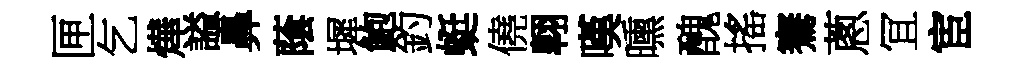
匣乞燁謚鼻䕃墀鮑釣蜓僥翺嘆曛醜搖騫蔥冝宦